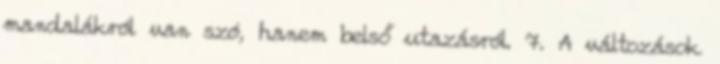
mandalákról van szó, hanem belső utazásról. 7. A változások